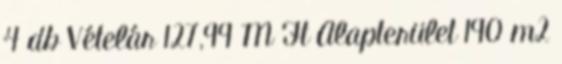
4 db Vételár 127,99 M Ft Alapterület 190 m2